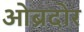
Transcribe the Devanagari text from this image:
ओब्रदोर